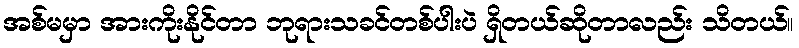
အစ်မမှာ အားကိုးနိုင်တာ ဘုရားသခင်တစ်ပါးပဲ ရှိတယ်ဆိုတာလည်း သိတယ်။